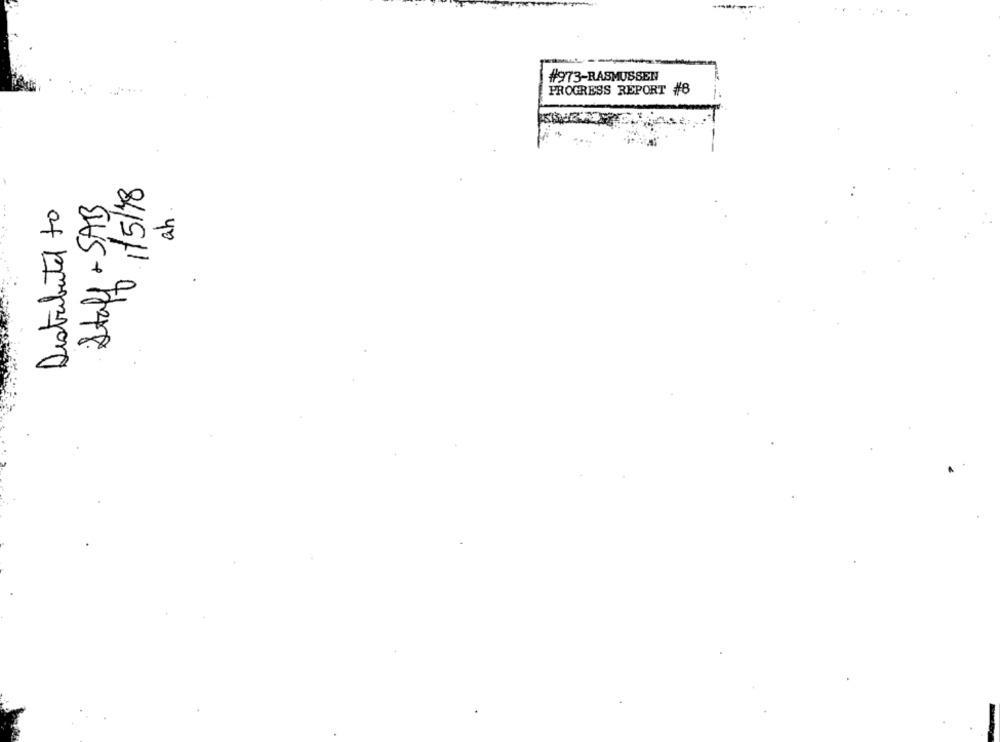
#973-RASMUSSEN
PROGRESS REPORT #8
1/5/18
Distribute to
Staff - SAB
ah